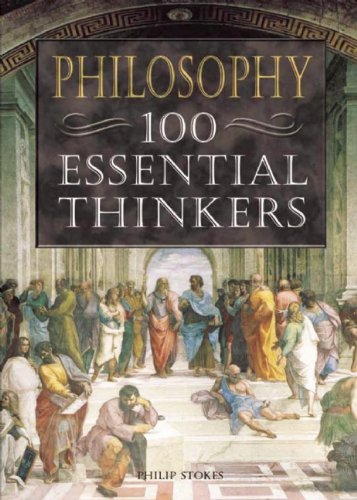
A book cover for Philosophy: 100 Essential Thinkers; Philip Stokes; Teen & Young Adult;